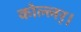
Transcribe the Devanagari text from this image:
कोल्लर्।